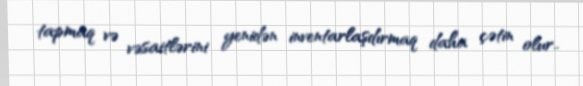
tapmaq və vəsaitlərini yenidən inventarlaşdırmaq daha çətin olur..